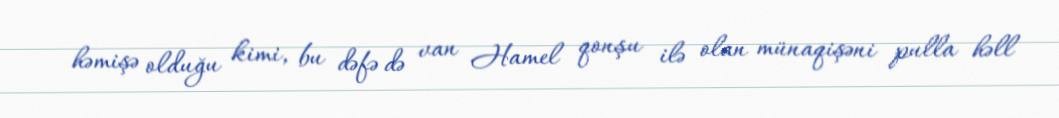
həmişə olduğu kimi, bu dəfə də van Hamel qonşu ilə olan münaqişəni pulla həll